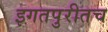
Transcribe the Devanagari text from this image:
इगतपुरीतच